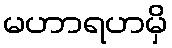
မဟာရဟမှိ